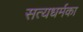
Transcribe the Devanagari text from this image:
सत्यधर्मका